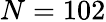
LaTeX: N=102